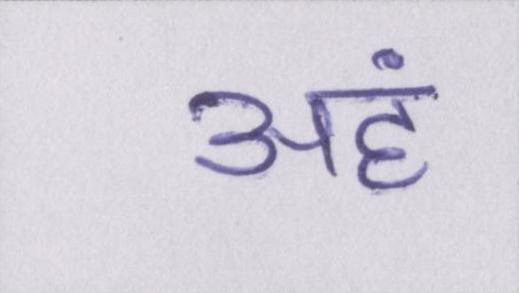
अहं